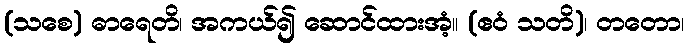
(သစေ) ဓာရေတိ၊ အကယ်၍ ဆောင်ထားအံ့။ (ဧဝံ သတိ)၊ တတော၊